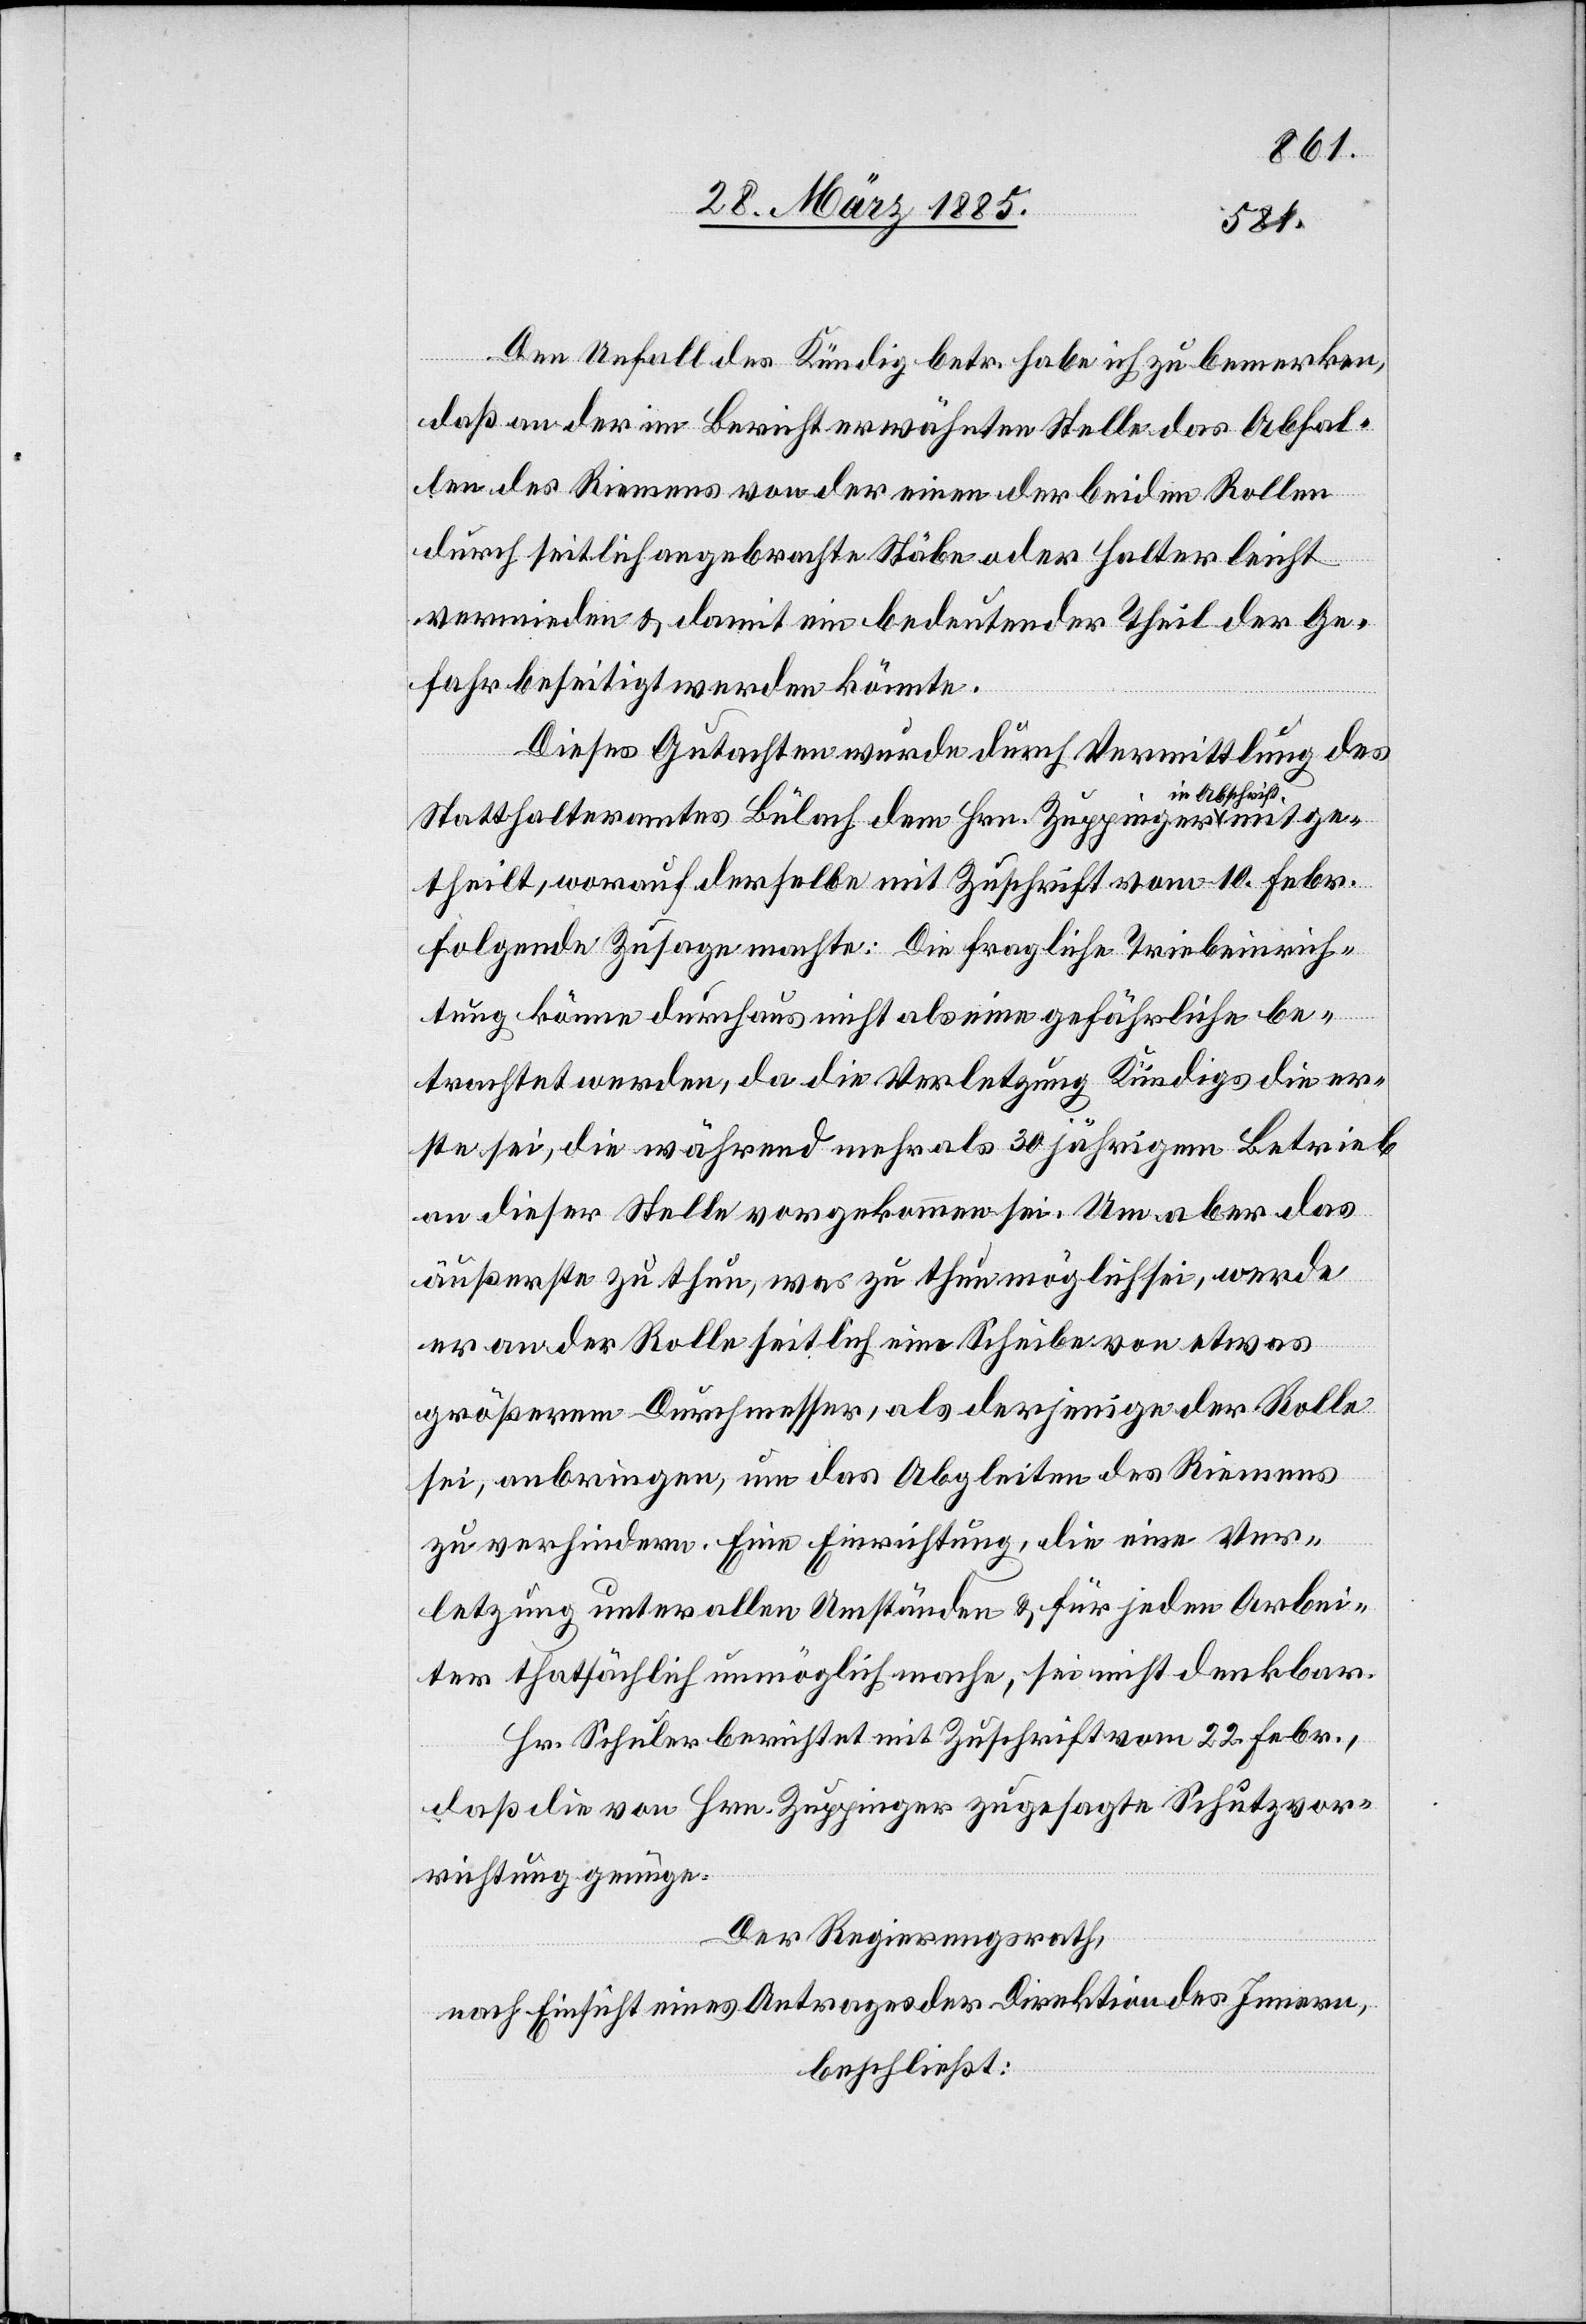
Den Unfall des Kündig betr. habe ich zu bemerken,
daß an der im Bericht erwähnten Stelle das Abfal¬
len des Riemens von der einen der beiden Rollen
durch seitlich angebrachte Stäbe oder Halter leicht
vermieden & damit ein bedeutender Theil der Ge¬
fahr beseitigt werden könnte.
Dieses Gutachten wurde durch Vermittlung des
n Abschrift-a
Statthalteramtes Bülach dem Hrn. Zuppinger a-i¬
theilt, worauf derselbe mit Zuschrift vom 10. Febr.
folgende Zusage machte: Die fragliche Triebeinrich¬
tung könne durchaus nicht als eine gefährliche be¬
trachtet werden, da die Verletzung Kündigs die er¬
ste sei, die während mehr als 30 jährigem Betrieb
an dieser Stelle vorgekommen sei. Um aber das
äußerste zu thun, was zu thun möglich sei, werde
mitge¬
er an der Rolle seitlich eine Scheibe von etwas
größerem Durchmesser, als derjenige der Rolle
sei, anbringen, um das Abgleiten des Riemens
zu verhindern. Eine Einrichtung, die eine Ver¬
letzung unter allen Umständen & für jeden Arbei¬
ter thatsächlich unmöglich mache, sei nicht denkbar.
Hr. Schuler berichtet mit Zuschrift vom 22. Febr.,
daß die von Hrn. Zuppinger zugesagte Schutzvor¬
richtung genüge.
Der Regierungsrath,
nach Einsicht eines Antrages der Direktion des Innern,
beschließt: